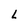
Character: L